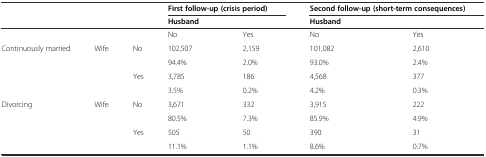
<table><thead><tr><td></td><td></td><td></td><td colspan="2"><b>First follow-up (crisis period)</b></td><td colspan="2"><b>Second follow-up (short-term consequences)</b></td></tr><tr><td></td><td></td><td></td><td colspan="2"><b>Husband</b></td><td colspan="2"><b>Husband</b></td></tr></thead><tbody><tr><td></td><td></td><td></td><td>No</td><td>Yes</td><td>No</td><td>Yes</td></tr><tr><td rowspan="4">Continuously married</td><td>Wife</td><td>No</td><td>102,507</td><td>2,159</td><td>101,082</td><td>2,610</td></tr><tr><td></td><td></td><td>94.4%</td><td>2.0%</td><td>93.0%</td><td>2.4%</td></tr><tr><td></td><td>Yes</td><td>3,785</td><td>186</td><td>4,568</td><td>377</td></tr><tr><td></td><td></td><td>3.5%</td><td>0.2%</td><td>4.2%</td><td>0.3%</td></tr><tr><td rowspan="4">Divorcing</td><td>Wife</td><td>No</td><td>3,671</td><td>332</td><td>3,915</td><td>222</td></tr><tr><td></td><td></td><td>80.5%</td><td>7.3%</td><td>85.9%</td><td>4.9%</td></tr><tr><td></td><td>Yes</td><td>505</td><td>50</td><td>390</td><td>31</td></tr><tr><td></td><td></td><td>11.1%</td><td>1.1%</td><td>8.6%</td><td>0.7%</td></tr></tbody></table>